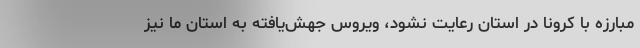
مبارزه با کرونا در استان رعایت نشود، ویروس جهش‌یافته به استان ما نیز